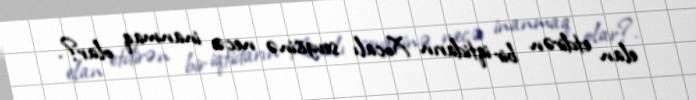
elan etdirən bir iqtidarın Xocalı sevgisinə necə inanmaq olar?.